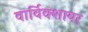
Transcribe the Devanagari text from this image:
वार्विक्शायर